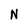
Character: N